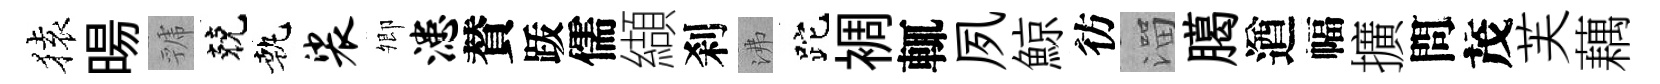
𫞤暘虢兢執裟𡖖漶賛䟦儒纈刹沸跎裯輒夙鯨彷溜臈遒幅擴問茂芙藕